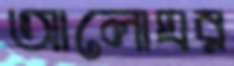
আলোঘর